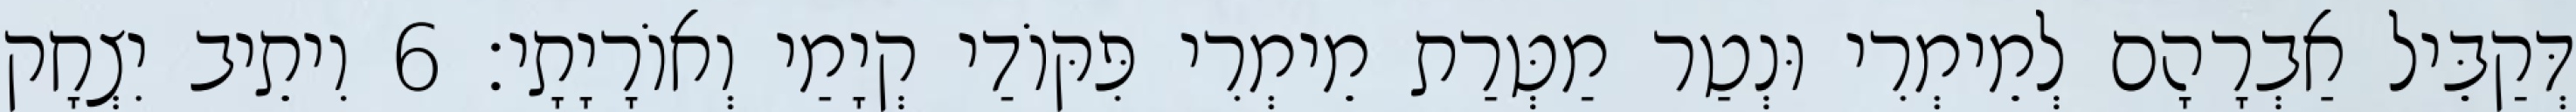
דְּקַבֵּיל אַבְרָהָם לְמֵימְרִי וּנְטַר מַטְּרַת מֵימְרִי פִּקּוֹדַי קְיָמַי וְאוֹרָיָתָי׃ 6 וִיתֵיב יִצְחָק